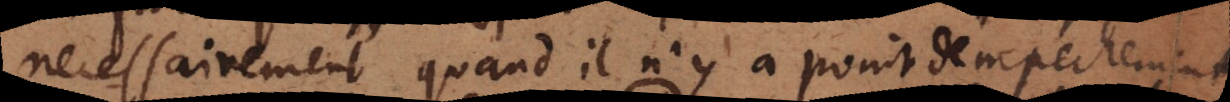
necessairement quand il n’y a point d’empechement